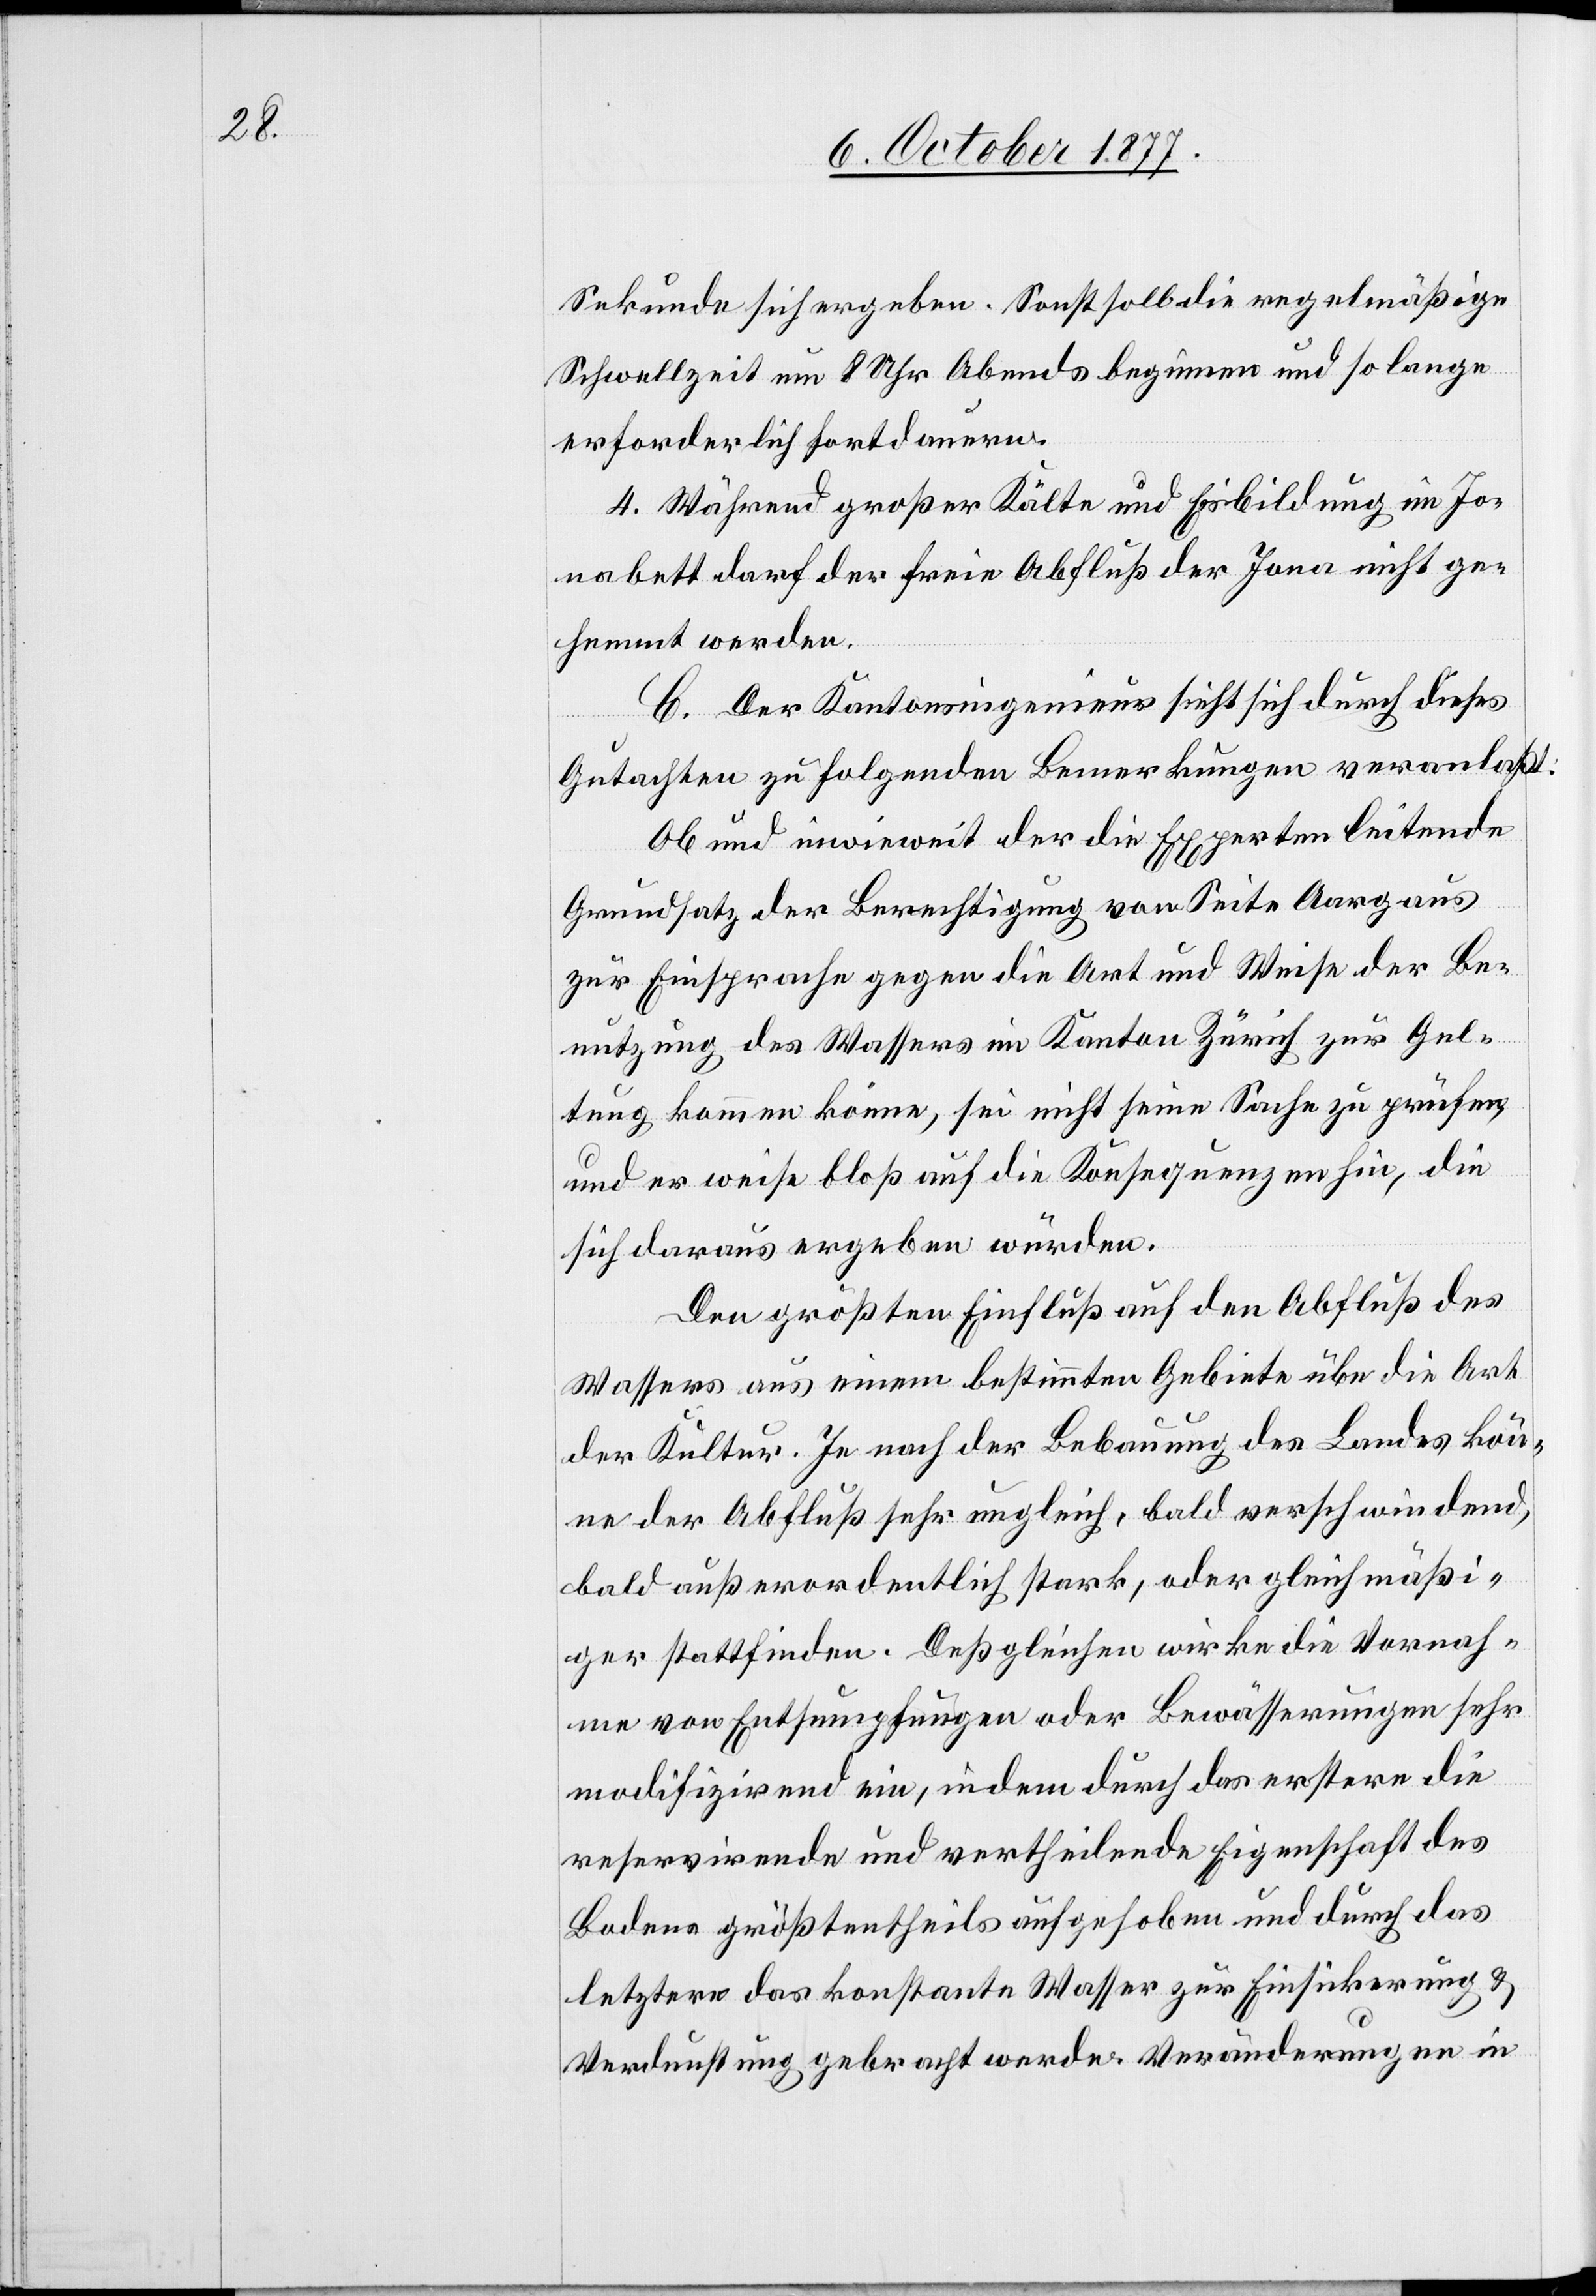
Sekunde sich ergeben. Sonst soll die regelmäßige
Schwellzeit um 8 Uhr Abends beginnen und so lange
erforderlich fortdauern.
4. Während großer Kälte und Eisbildung im Jo¬
nabett darf der freie Abfluß der Jona nicht ge¬
hemmt werden.
C. Der Kantonsingenieur sieht sich durch dieses
Gutachten zu folgenden Bemerkungen veranlaßt:
Ob und inwieweit der die Experten leitende
Grundsatz der Berechtigung von Seite Aargaus
zur Einsprache gegen die Art und Weise der Be¬
nutzung des Wassers im Kanton Zürich zur Gel¬
tung kommen könne, sei nicht seine Sache zu prüfen,
und er weise bloß auf die Konsequenzen hin, die
sich daraus ergeben würden.
Den größten Einfluß auf den Abfluß des
Wassers aus einem bestimmten Gebiete übe die Art
der Kultur. Je nach der Bebauung des Landes kön¬
ne der Abfluß sehr ungleich, bald verschwindend,
bald außerordentlich stark, oder gleichmäßi¬
ger stattfinden. Deßgleichen wirke die Vornah¬
me von Entsumpfungen oder Bewässerungen sehr
modifizirend ein, indem durch das erstere die
reservirende und vertheilende Eigenschaft des
Bodens größtentheils aufgehoben und durch das
letztere das konstante Wasser zur Einsickerung &
Verdunstung gebracht werde. Veränderungen in